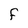
Character: F